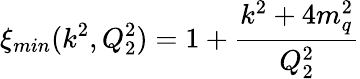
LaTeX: \xi_{min}(k^{2},Q_{2}^{2})=1+{\frac{k^{2}+4m_{q}^{2}}{Q_{2}^{2}}}